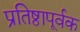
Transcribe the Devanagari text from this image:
प्रतिष्ठापूर्वक